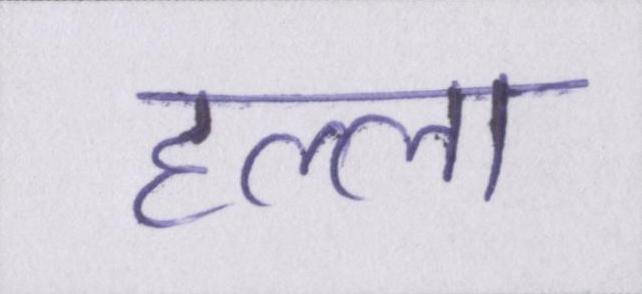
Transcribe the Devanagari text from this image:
हल्ला